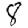
Digit: 8